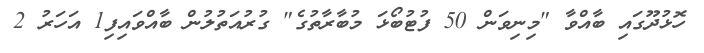
ހޮޅުދޫގައި ބާއްވާ "މިނިވަން 50 ފުޓުބޯޅަ މުބާރާތުގެ" ގުރުއަތުލުން ބާއްވައިފި1 އަހަރު 2